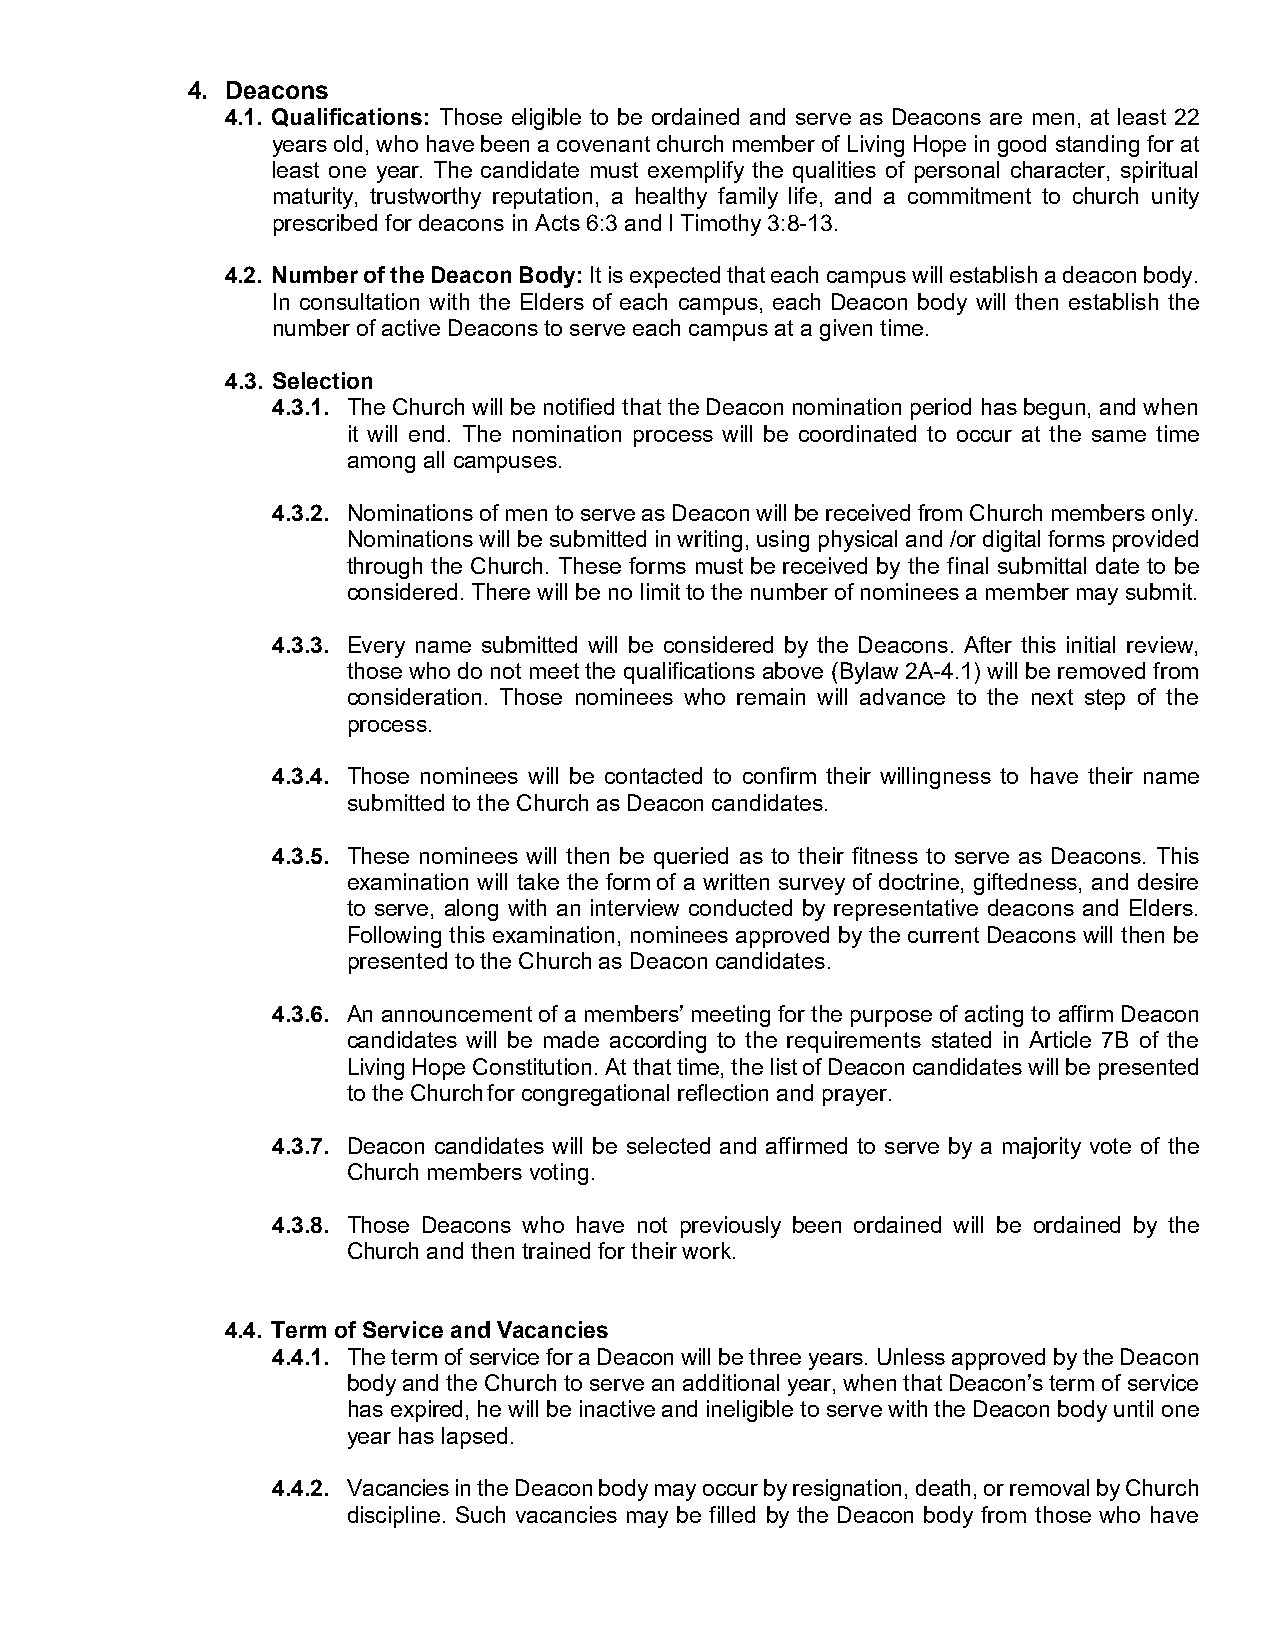
4. Deacons
 4.1. Qualifications: Those eligible to be ordained and serve as Deacons are men, at least 22
 years old, who have been a covenant church member of Living Hope in good standing for at
 least one year. The candidate must exemplify the qualities of personal character, spiritual
 maturity, trustworthy reputation, a healthy family life, and a commitment to church unity
 prescribed for deacons in Acts 6:3 and I Timothy 3:8-13.
 4.2. Number of the Deacon Body: It is expected that each campus will establish a deacon body.
 In consultation with the Elders of each campus, each Deacon body will then establish the
 number of active Deacons to serve each campus at a given time.
 4.3. Selection
 4.3.1. The Church will be notified that the Deacon nomination period has begun, and when
 it will end. The nomination process will be coordinated to occur at the same time
 among all campuses.
 4.3.2. Nominations of men to serve as Deacon will be received from Church members only.
 Nominations will be submitted in writing, using physical and /or digital forms provided
 through the Church. These forms must be received by the final submittal date to be
 considered. There will be no limit to the number of nominees a member may submit.
 4.3.3. Every name submitted will be considered by the Deacons. After this initial review,
 those who do not meet the qualifications above (Bylaw 2A-4.1) will be removed from
 consideration. Those nominees who remain will advance to the next step of the
 process.
 4.3.4. Those nominees will be contacted to confirm their willingness to have their name
 submitted to the Church as Deacon candidates.
 4.3.5. These nominees will then be queried as to their fitness to serve as Deacons. This
 examination will take the form of a written survey of doctrine, giftedness, and desire
 to serve, along with an interview conducted by representative deacons and Elders.
 Following this examination, nominees approved by the current Deacons will then be
 presented to the Church as Deacon candidates.
 4.3.6. An announcement of a members’ meeting for the purpose of acting to affirm Deacon
 candidates will be made according to the requirements stated in Article 7B of the
 Living Hope Constitution. At that time, the list of Deacon candidates will be presented
 to the Church for congregational reflection and prayer.
 4.3.7. Deacon candidates will be selected and affirmed to serve by a majority vote of the
 Church members voting.
 4.3.8. Those Deacons who have not previously been ordained will be ordained by the
 Church and then trained for their work.
 4.4. Term of Service and Vacancies
 4.4.1. The term of service for a Deacon will be three years. Unless approved by the Deacon
 body and the Church to serve an additional year, when that Deacon’s term of service
 has expired, he will be inactive and ineligible to serve with the Deacon body until one
 year has lapsed.
 4.4.2. Vacancies in the Deacon body may occur by resignation, death, or removal by Church
 discipline. Such vacancies may be filled by the Deacon body from those who have